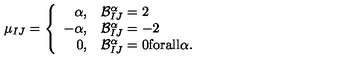
\mu _ { I J } = \left\{ \begin{array} { r l } { \alpha , } & { { \cal B } _ { I J } ^ { \alpha } = 2 } \\ { - \alpha , } & { { \cal B } _ { I J } ^ { \alpha } = - 2 } \\ { 0 , } & { { \cal B } _ { I J } ^ { \alpha } = 0 { \mathrm { f o r a l l } } \alpha . } \\ \end{array} \right.